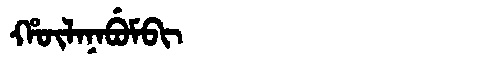
Manchu: ᡥᡡᠯᠠᠨᠠᠪᡠᠮᠪᡳ
Romanization: HŪLANABUMBI